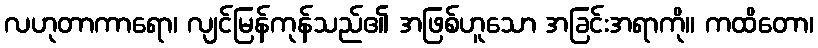
လဟုတာကာရော၊ လျင်မြန်ကုန်သည်၏ အဖြစ်ဟူသော အခြင်းအရာကို။ ကထိတော၊